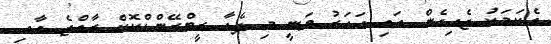
އެކަމަކު ޖެހިގެން އައި އަހަރު ވަނީ މި ފެއާ ރީބްރޭންޑްކޮށް ރާއްޖެ އާއި